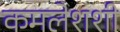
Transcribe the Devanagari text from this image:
कमलेशशी